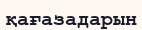
қағазадарын